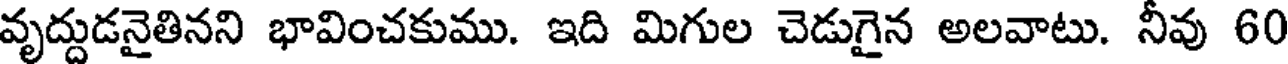
వృద్దుడనైతినని భావించకుము. ఇది మిగుల చెడుగైన అలవాటు. నీవు 60